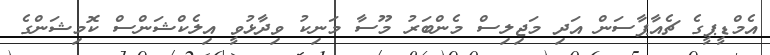
އެމްޑީޕީގެ ޗެއާޕާސަން އަދި މަޖިލިސް މެންބަރު މޫސާ މަނިކު ވިދާޅުވީ އިލެކްޝަންސް ކޮމިޝަންގެ